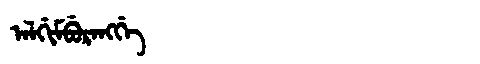
Manchu: ᠠᠯᡤᡳᠮᠪᡠᡵᠠᠩᡤᡝ
Romanization: ALGIMBURANGGE